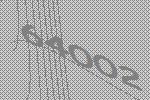
64002